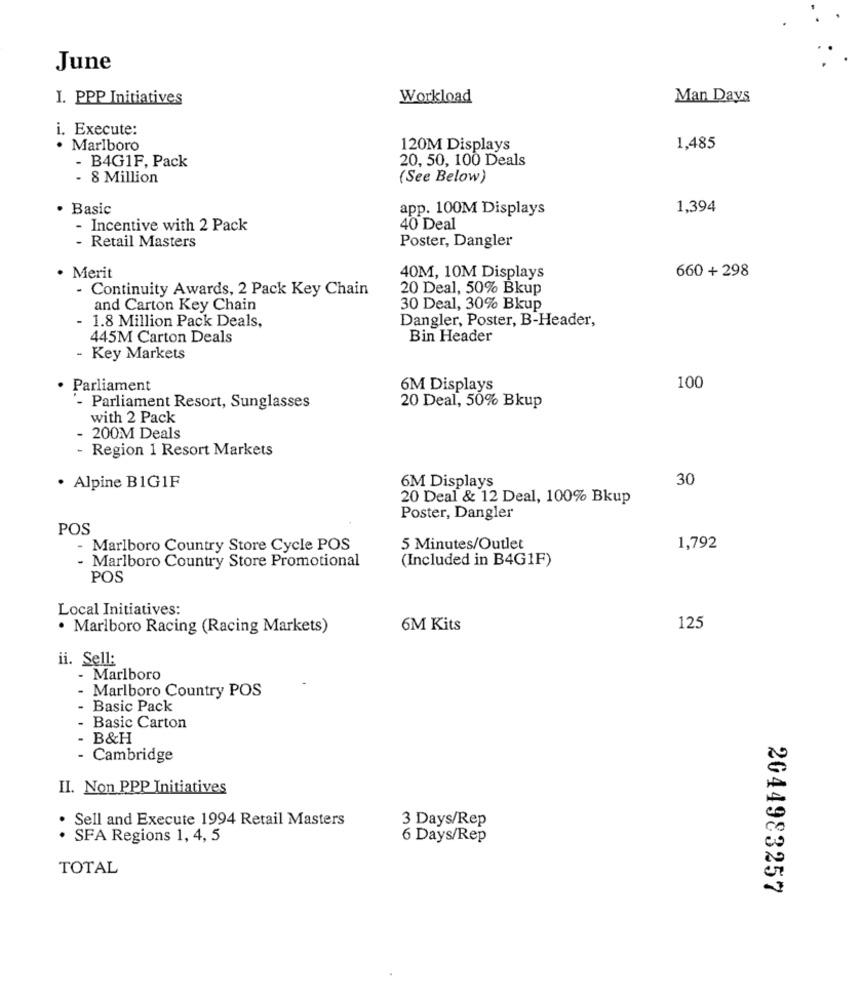
June
I. PPP Initiatives
Workload
Man Days
i. Execute:
· Marlboro
120M Displays
1,485
20, 50, 100 Deals
- B4G1F, Pack
- 8 Million
(See Below)
Basic
app. 100M Displays
1,394
Incentive with 2 Pack
40 Deal
Poster, Dangler
- Retail Masters
Merit
40M, 10M Displays
660 + 298
- Continuity Awards, 2 Pack Key Chain
20 Deal, 50% Bkup
and Carton Key Chain
30 Deal, 30% Bkup
Dangler, Poster, B-Header,
1.8 Million Pack Deals,
445M Carton Deals
Bin Header
- Key Markets
Parliament
6M Displays
100
20 Deal, 50% Bkup
- Parliament Resort, Sunglasses
with 2 Pack
- 200M Deals
- Region 1 Resort Markets
30
· Alpine BIG1F
6M Displays
20 Deal & 12 Deal, 100% Bkup
Poster, Dangler
POS
- Marlboro Country Store Cycle POS
5 Minutes/Outlet
1,792
(Included in B4G1F)
- Marlboro Country Store Promotional
POS
Local Initiatives:
· Marlboro Racing (Racing Markets)
6M Kits
125
ii. Sell:
- Marlboro
- Marlboro Country POS
- Basic Pack
Basic Carton
- B&H
- Cambridge
II. Non PPP Initiatives
. Sell and Execute 1994 Retail Masters
3 Days/Rep
· SFA Regions 1, 4, 5
6 Days/Rep
TOTAL
2044983257